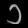
Digit: ၁